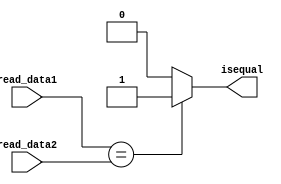
//check register equality
module Equilty(read_data1,read_data2,isequal);
input [31:0] read_data1;
input [31:0] read_data2;
output isequal ;
assign isequal = (read_data1 == read_data2)? 1'b1 : 1'b0;
endmodule